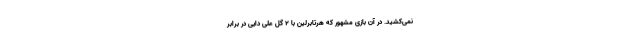
نمی‌کشید. در آن بازی مشهور که هرتابرلین با 2 گل علی دایی در برابر